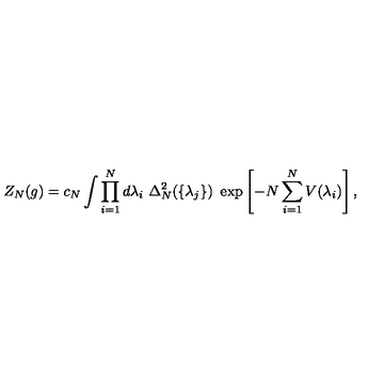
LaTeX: Z _ { N } ( g ) = c _ { N } \int \prod _ { i = 1 } ^ { N } d \lambda _ { i } \ \Delta _ { N } ^ { 2 } ( \{ \lambda _ { j } \} ) \ \exp \left[ - N \sum _ { i = 1 } ^ { N } V ( \lambda _ { i } ) \right] ,